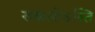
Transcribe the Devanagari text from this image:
रुकारोऽस्ति